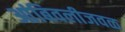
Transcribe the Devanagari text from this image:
आंबिवलीजवळ